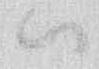
ハ